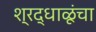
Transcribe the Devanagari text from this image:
श्रद्धाळूंचा